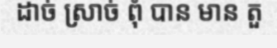
ដាច់ ស្រាច់ ពុំ បាន មាន តួ